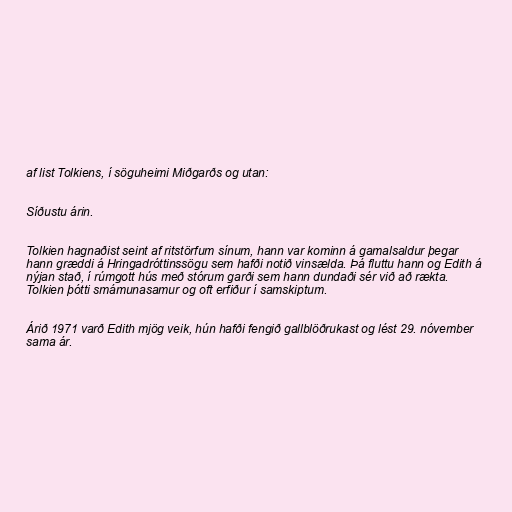
af list Tolkiens, í söguheimi Miðgarðs og utan:

Síðustu árin.

Tolkien hagnaðist seint af ritstörfum sínum, hann var kominn á gamalsaldur þegar
hann græddi á Hringadróttinssögu sem hafði notið vinsælda. Þá fluttu hann og Edith á
nýjan stað, í rúmgott hús með stórum garði sem hann dundaði sér við að rækta.
Tolkien þótti smámunasamur og oft erfiður í samskiptum.

Árið 1971 varð Edith mjög veik, hún hafði fengið gallblöðrukast og lést 29. nóvember
sama ár.